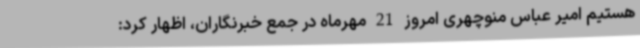
هستیم امیر عباس منوچهری امروز 21 مهرماه در جمع خبرنگاران، اظهار کرد: